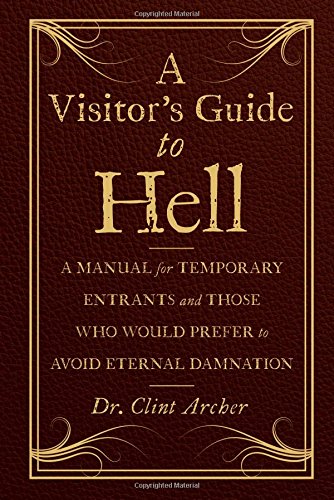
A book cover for A Visitor's Guide to Hell: A Manual for Temporary Entrants and Those Who Would Prefer to Avoid Eternal Damnation; Dr. Clint Archer; Humor & Entertainment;